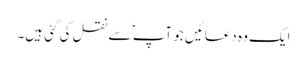
ایک وہ دعائیں جو آپ ؑ سے نقل کی گئی ہیں۔